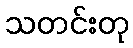
သတင်းတု